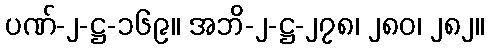
ပဏ်-၂-ဋ္ဌ-၁၆၉။ အဘိ-၂-ဋ္ဌ-၂၇၈၊ ၂၈၀၊ ၂၈၂။